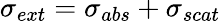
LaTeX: \sigma_{ext}=\sigma_{abs}+\sigma_{scat}